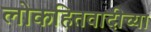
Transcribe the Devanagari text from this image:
लोकहितवादीच्या